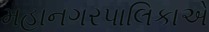
મહાનગરપાલિકાએ